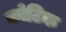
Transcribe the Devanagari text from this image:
कोटिक